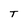
Character: T